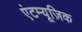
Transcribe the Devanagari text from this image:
एंटम्यूज़िक